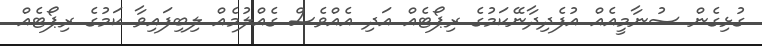
ގުޅިގެން ސުނާމީއެއް އުފެދިދާނޭކަމުގެ ރިޕޯޓެއް އަދި އެއްވެސް ގެއްލުމެއް ލިބިފައިވާ ކަމުގެ ރިޕޯޓެއް